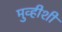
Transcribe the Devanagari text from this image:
मुव्हीशी